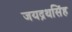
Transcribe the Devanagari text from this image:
जयद्रथसिंह